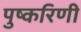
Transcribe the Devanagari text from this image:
पुष्‍करिणी